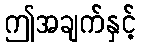
ဤအချက်နှင့်